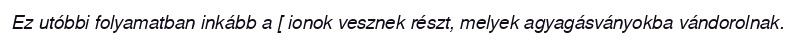
Ez utóbbi folyamatban inkább a [ ionok vesznek részt, melyek agyagásványokba vándorolnak.